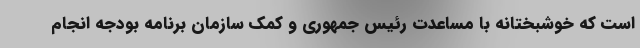
است که خوشبختانه با مساعدت رئیس جمهوری و کمک سازمان برنامه بودجه انجام